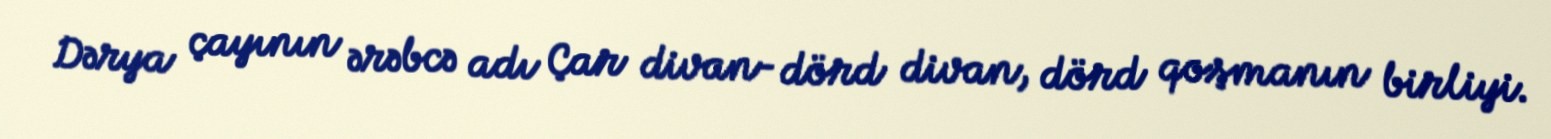
Dərya çayının ərəbcə adı Çar divan- dörd divan, dörd qoşmanın birliyi.